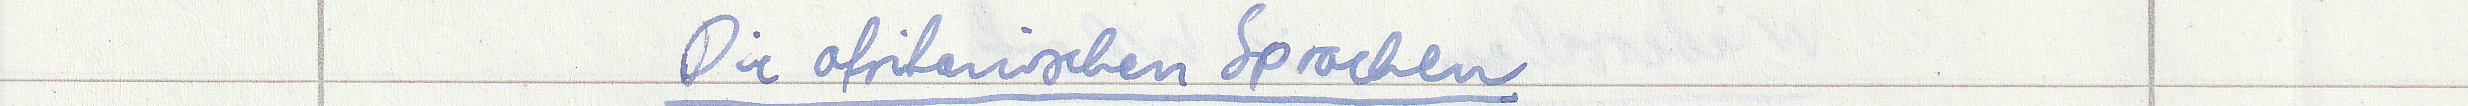
Die afrikanischen Sprachen